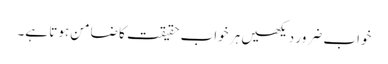
خواب ضرور دیکھیں ہر خواب حقیقت کا ضامن ہوتا ہے۔